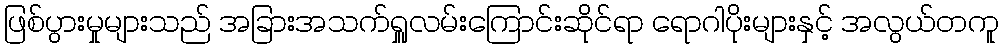
ဖြစ်ပွားမှုများသည် အခြားအသက်ရှူလမ်းကြောင်းဆိုင်ရာ ရောဂါပိုးများနှင့် အလွယ်တကူ